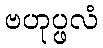
ဗဟုပ္ဖလံ